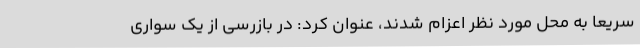
سریعا به محل مورد نظر اعزام شدند، عنوان کرد: در بازرسی از یک سواری